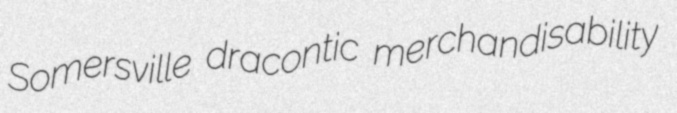
Somersville dracontic merchandisability